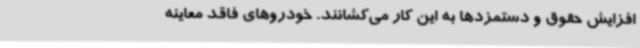
افزایش حقوق و دستمزدها به این کار می‌کشانند. خودروهای فاقد معاینه